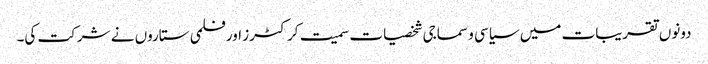
دونوں تقریبات میں سیاسی و سماجی شخصیات سمیت کرکٹرز اور فلمی ستاروں نے شرکت کی۔